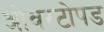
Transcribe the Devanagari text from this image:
ओवरटोपड